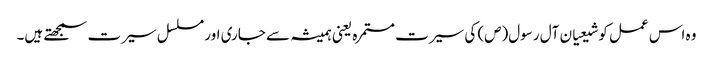
وہ اس عمل کو شیعیان آل رسول(ص) کی سیرت مستمرہ یعنی ہمیشہ سے جاری اور مسلسل سیرت سمجھتے ہیں۔